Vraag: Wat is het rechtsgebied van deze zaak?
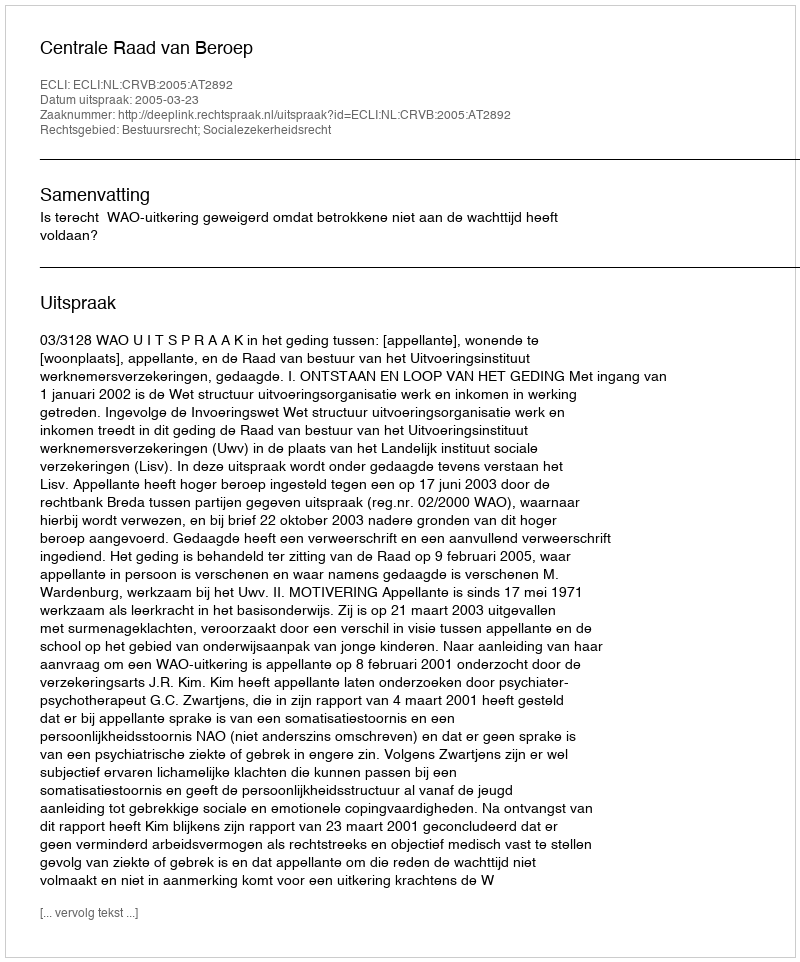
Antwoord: Bestuursrecht; Socialezekerheidsrecht